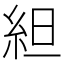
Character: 䋎